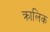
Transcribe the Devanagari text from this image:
क्रालिक